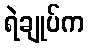
ရဲချုပ်က